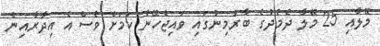
މޭލާއި 25 މޭލާ ދެމެދުގެ ބާރުމިނުގައި ވައިޖެހޭނެ ކަމަށް ވެސް އެ އިދާރާއިން